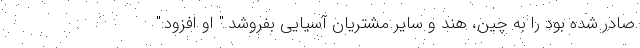
صادر شده بود را به چین، هند و سایر مشتریان آسیایی بفروشد." او افزود:"